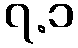
၇.၁